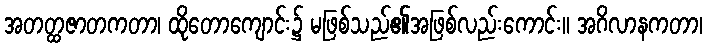
အတတ္ထဇာတကတာ၊ ထိုတောကျောင်း၌ မဖြစ်သည်၏အဖြစ်လည်းကောင်း။ အဂိလာနကတာ၊